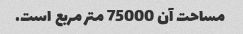
مساحت آن 75000 متر مربع است.